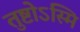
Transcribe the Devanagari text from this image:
तुष्टोऽस्मि